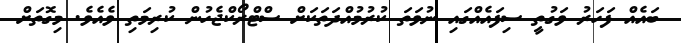
ބައެއް ފަހަރު ވަގުތީ ސިފައެއްގައި ނުވަތަ ކުރުމުއްދަތަކަށް ސްޓްރޯކްޖެހުން ކުރިމަތި ވެއެވެ. މިގޮތަށް